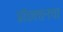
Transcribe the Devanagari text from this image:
प्रॉडक्शनचा